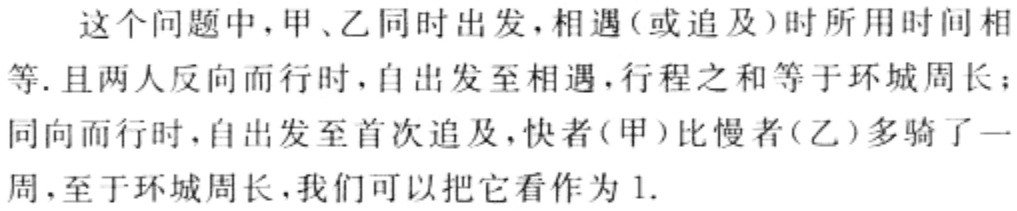
这个问题中，甲、乙同时出发，相遇（或追及）时所用时间相等. 且两人反向而行时，自出发至相遇，行程之和等于环城周长；同向而行时，自出发至首次追及，快者(甲)比慢者(乙)多骑了一周，至于环城周长，我们可以把它看作为1.